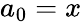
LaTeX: a_{0}=x